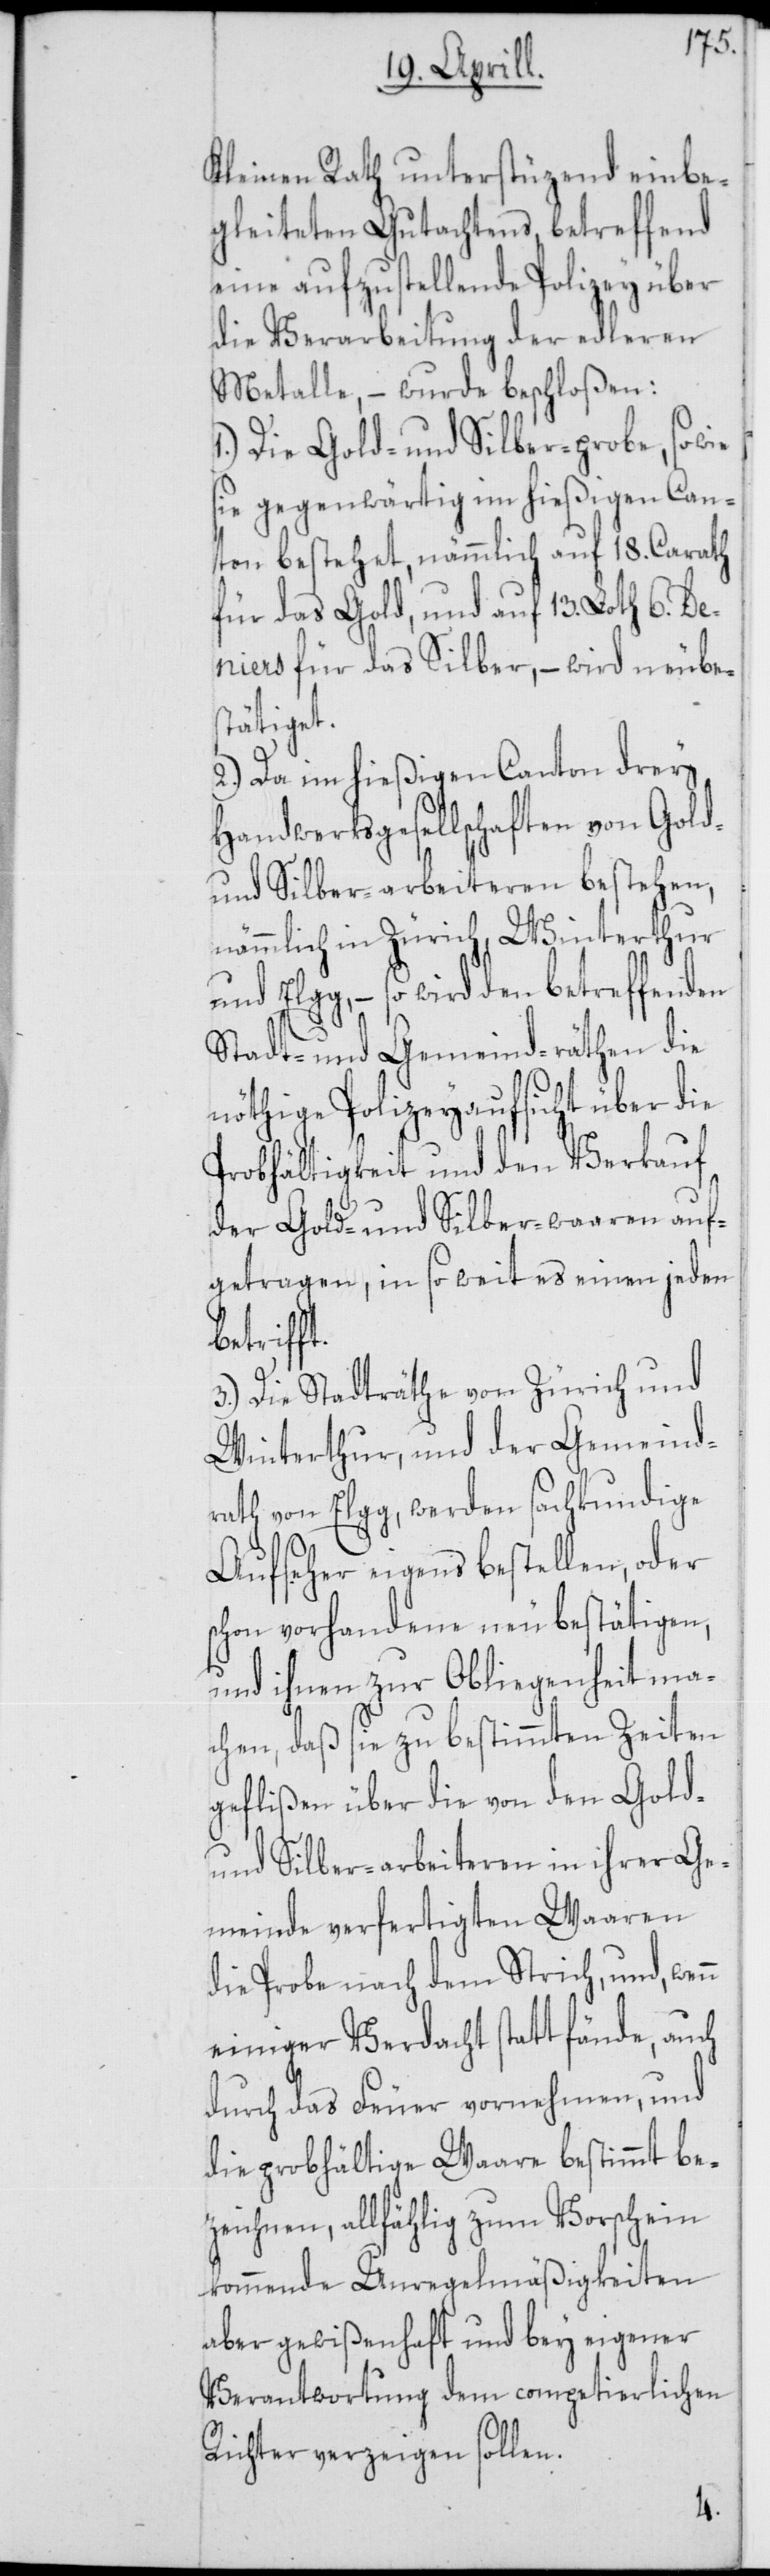
Kleinen Rath unterstüzend einbe¬
gleiteten Gutachtens, betreffend
eine aufzustellende Polizey über
die Verarbeitung der edleren
Metalle, – wurde beschloßen:
1.) Die Gold- und Silber-probe, so
sie gegenwärtig im hießigen Can¬
ton bestehet, nämmlich auf 18. Carath
für das Gold, und auf 13. Loth 6. De¬
niers für das Silber, – wird neube¬
stätiget.
2.) Da im hießigen Canton drey
Handwerksgesellschaften von Gold-
und Silber-arbeiteren bestehen,
nämmlich in Zürich, Winterthur
und Elgg, – so wird den betreffenden
Stadt- und Gemeind-räthen die
nöthige Polizeyaufsicht über die
Probhältigkeit und den Verkauf
der Gold- und Silber-waaren auf¬
getragen, in so weit es einen jeden
3.) Die Stadträthe von Zürich und
Winterthur, und der Gemeind¬
rath von Elgg, werden sachkundige
Aufseher eigens bestellen, oder
schon vorhandene neu bestätigen,
und ihnen zur Obliegenheit ma¬
chen, daß sie zu bestimmten Zeiten
geflißen über die von den Gold-
und Silber-arbeiteren in ihrer Ge¬
meinde verfertigten Waaren
die Probe nach dem Strich, und, wenn
einiger Verdacht statt fände, auch
durch das Feuer vornehmen, und
die probhältige Waare bestimmt be¬
zeichnen, allfählig zum Vorschein
kommende Unregelmäßigkeiten
aber gewißenhaft und bey eigener
Verantwortung dem competierlichen
Richter verzeigen sollen.